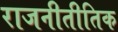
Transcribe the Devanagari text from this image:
राजनीतीतिक